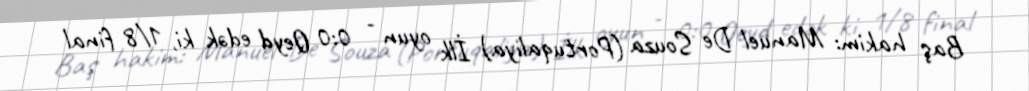
Baş hakim: Manuel De Souza (Portuqaliya) İlk oyun - 0:0 Qeyd edək ki, 1/8 final